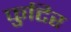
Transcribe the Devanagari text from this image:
फुटिर